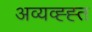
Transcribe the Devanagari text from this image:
अव्यव्ह्ह्त